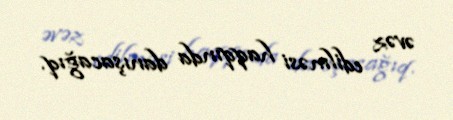
əvəz edilməsi haqqında danışacağıq.